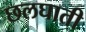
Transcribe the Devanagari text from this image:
छलघाती